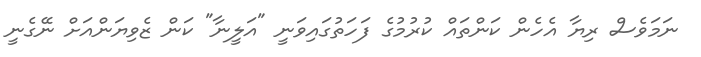
ނަމަވެސް ރިޔާ އެހެން ކަންތައް ކުރުމުގެ ފަހަތުގައިވަނީ "އަލީނާ" ކަން ޒެވިޔަންއަށް ނޭގެނީ